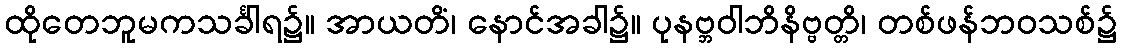
ထိုတေဘူမကသင်္ခါရ၌။ အာယတိံ၊ နောင်အခါ၌။ ပုနဗ္ဘဝါဘိနိဗ္ဗတ္တိ၊ တစ်ဖန်ဘဝသစ်၌